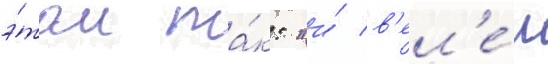
э́том та́к: "и́ в'ел'е́л